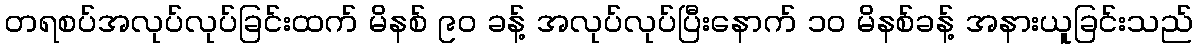
တရစပ်အလုပ်လုပ်ခြင်းထက် မိနစ် ၉၀ ခန့် အလုပ်လုပ်ပြီးနောက် ၁၀ မိနစ်ခန့် အနားယူခြင်းသည်